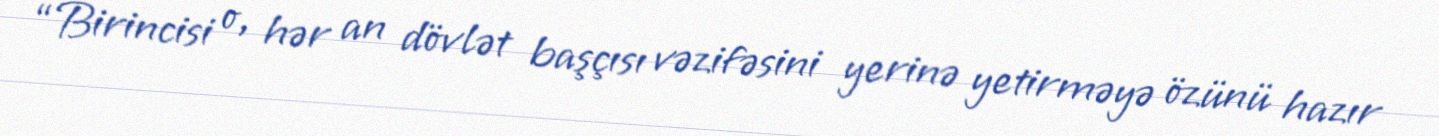
“Birincisi o, hər an dövlət başçısı vəzifəsini yerinə yetirməyə özünü hazır